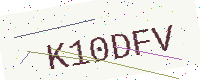
Text: K10DFV